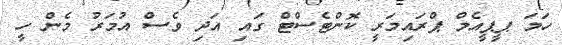
ހަމަ ޕީޕީއެމް ޕްރައިމަރީ ކޮންޓެސްޓް ގައި އަދި ވެސް އުމަރު މެން ހީ